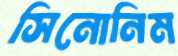
সিনোনিম